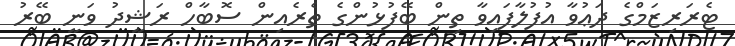
ޓެރަރިޒަމްގެ ދަޢުވާ އުފުލާފައިވާ ތިން ބޭފުޅުންގެ ތެރެއިން ސޮބާހް ރަޝީދު ވަނީ ބޭރު